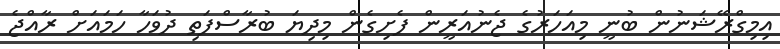
އިމިގްރޭޝަނުން ބުނީ މިއަހަރުގެ ޖެނުއަރީން ފެށިގެން މިދިޔަ ބުރާސްފަތި ދުވަހާ ހަމައަށް ރާއްޖެ